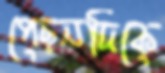
পেছনদিকে